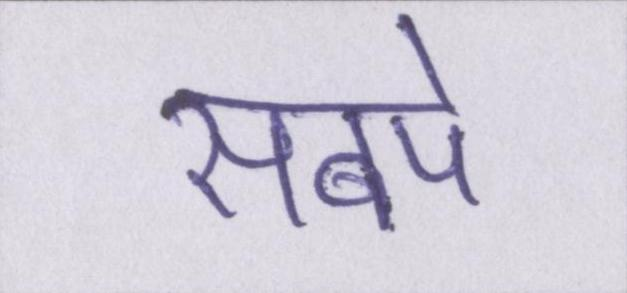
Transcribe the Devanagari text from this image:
सबपे